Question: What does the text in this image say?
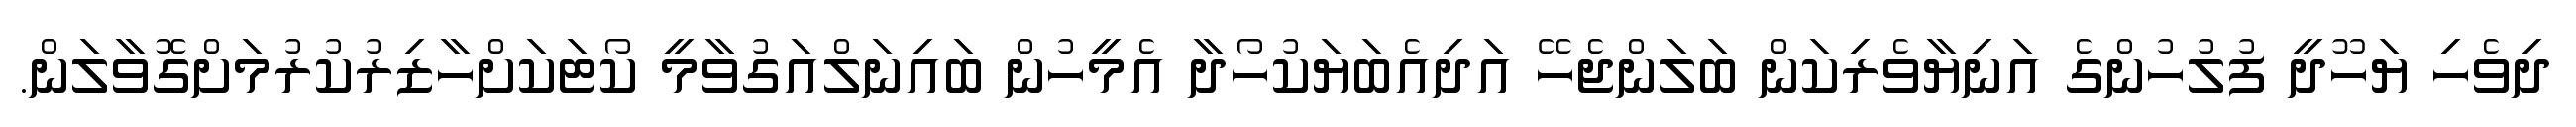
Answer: ދިވެހި ޔަހޫދީ ފުލުހުންގެ އަނިޔާވެރިކަން ބަލަންޖެހޭ އަދިއެބަޔަކުހޯދާ އެމީހުން ބައިނަލްއަގުވާމީ ކޯޓަކަށްހާޒިރުކުރުމަށްގޮވާލަން.